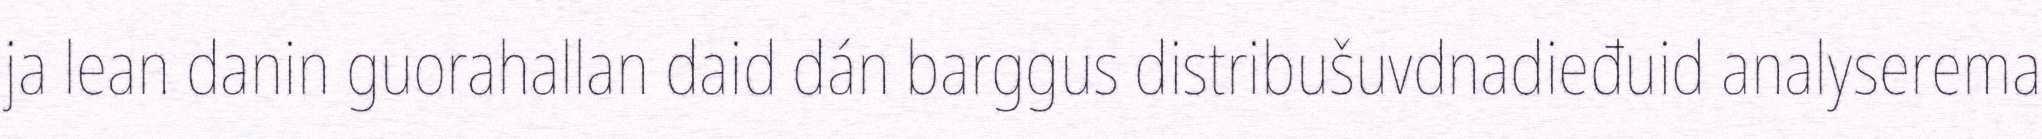
ja lean danin guorahallan daid dán barggus distribušuvdnadieđuid analyserema